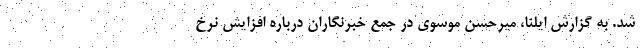
شد. به گزارش ایلنا، میرحسن موسوی در جمع خبرنگاران درباره افزایش نرخ